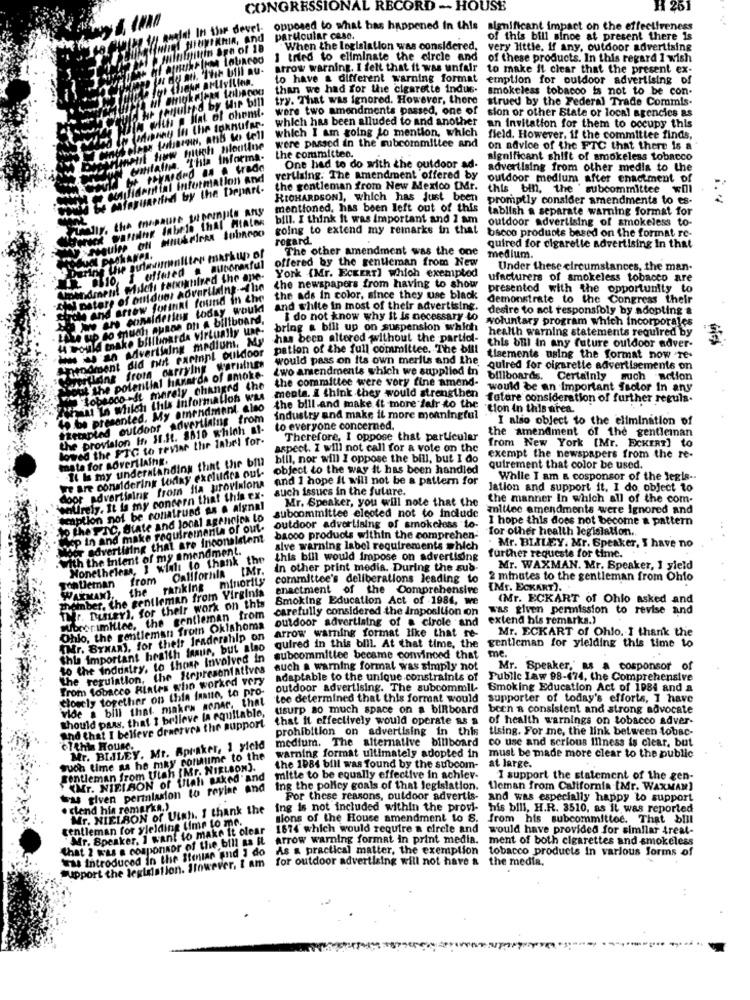
CONGRESSIONAL RECORD - HOUSE
H 261
In the devel
opposed to what has happened in this significant impact on the effectiveness
IKRIA, And
particular case.
of this bill since at present there is
n age of 18
When the legislation was considered, very little. if any, outdoor advertising
I tried to eliminate the circle and of these products. In this regard I wish
arrow warning. I felt that it was unfair to make it clear that the present ex-
to have a different warning format
emption for outdoor advertising of
than we had for the cigarette indus.
smokeless tobacco is not to be con-
lied by Mir bill
try. That was ignored. However, there strued by the Federal Trade Commis-
were two amendments passed, one of
sion or other State or local agencies Bs
way in the tonnufar.
which has been alluded to and another an Invitation for them to occupy this
which I am going to mention, which
were passed in the subcommittee and
field. However, if the committee finds,
h pilootine
on advice of the FTC that there is a
nforma.
the committee.
significant shift of smokeless tobacco
trade
One had to do with the outdoor ad-
advertising from other media to the
ial Information and
vertising. The amendment offered by
outdoor medium after enactment of
y the Depart-
the gentleman from New Mexico [Mr.
this bin, the ' subcommittee will
RICHARDSON], which has just been
promptly consider amendments to es-
ANS
mentioned, has been left out of this
tablish a separate warning format for
bill. I think It was important and 2 am outdoor advertising of smokeless to-
going to extend my remarks in that
bacco products based on the format re-
rogard.
Perine Wie sulawrenilter markup of
The other amendment was the one
quired for cigarette advertising in that
offered by the gentleman from New
medium.
Under these circumstances, the man.
Amendment Milch tobogtilved the ane-
York (Mr. ECKERT] Which exempted
ufacturers of smokeless tobacco are
e of ouduor advertising -- The
the newspapers from having to show
presented with the opportunity to
Schon and arrow forint found in the
found in the
the ads in color, since they use black
demonstrate to the Congress their
Sowie ciderius today would
today would
and white in most of their advertising.
desire to act responsibly by adopting &
Lake up to much auane of & biltboard,
I do not know why It is necessary to
voluntary program which incorporales
" would make billboarda virtually une.
bring & bill up on suspension which
health warning statements required by
ww an Advertising medium, My
wing medium, My
has been altered without the partiol-
Ament did rust earingl cuildoor
pation of the full committee. The bill
this bill In any future outdoor adver-
would pass on its own merils and the
tisements using the format now re-
Want from carrying warnings
¿wo amendments which we supplied in
quired for cigarette advertisements on
varde of smoke-
the committee were very fine amend-
billboards. Certainly such action
the potentia
ely chan
ed the
would be an Important factor In any
WeAt I milch this Information was
menta. I think they would strengthen
futare consideration of further regula.
to be presented. My amendment also
the bill and make it more fair to the
tion in this area
Recapled outdoor advertlaing from
industry and make it more morningful
I also object to the elimination of
the provision in I.it. 3510 which at-
to everyone concerned.
the amendment of the gentleman
owed the FTC to revise the label for-
Therefore, I oppose that particular
aspect. I will not call for a vote on the
from New York [Mr. ECKERT] to
mata for novertlaing.
Il Is my understanding that the bm
bill, nor will I oppose the bill, but I do
exempt the newspapers from the re-
we are considering today excludes oul-
object to the way it has been handled
quirement that color be used.
Coor advertising from fia provisions and I hope it will not be a pattern for
While I am & cosponsor of the Jegis -.
auch issues in the future.
lation and support it, I do object to
wolfrely. It is my concern that this ex-
Mr. Speaker, you will note that the the manner In which all of the com-
mption not be construed as a algnal
millee amendments were Ignored and
to the PIC, State and local agencies to
subcommittee elected not to include
I hope this does not become a pattern
ep in and make requirementa of out.
outdoor advertising of smokeless to-
for other health legislation ..
por advertiting that are inconsistent
bacco products within the comprehen-
with the inient of my amendment.
alve warning label requirements which
Mr. BLILEY. Mr. Speaker, I have no
Nonetheless, I wiali to thank the
this bill would impose on advertising
further requeste for time ..
SonDeman from California IMT.
in other print media. During the sub-
Mr. WAXMAN. Mr. Speaker, 1 yield
the ranking minority
committee's deliberations leading to
2 minutes to the gentleman from Ohio
comber. the gentleman from Virginia
enactment of the Comprehensive
(Mr. ECKART).
WARMANI,
Smoking Education Act of -1984, we
(Mr. ECKART of Ohio asked and
TMr. Duser), for their work on this
carefully considered the Imposition con
was given permission to revise and
Cubrerimittee, the gentleman from
outdoor advertising of @ cirole and
extend bis remarks.)
Ohio, the gentleman from Oklahoma
Mr. ECKART of Ohlo. I thank the
"Mr. BYMARY, for their fraderahlp on
arrow warning format like that re-
quired in this bill. At that time, the gentleman for yielding this time to
this Important health fraur, but also
10 the industry, to those Involved in
subcommittee became convinced that me.
The regulation, the Representatives
such a warning formal was simply not
Mr. Speaker,' as a cosponsor of
Trom tobacco Fiates who worked very
adaptable to the unique constraints of Public Law 98-474, the Comprehensive
closely together on this fraise, to pro-
outdoor advertising. The subcommil- Smoking Education Act of 1984 and a
vide a bill that makes sonar, that
tee determined that this format would supporter of today's efforts, I have
Should pass, that I believe la equitable,
usurp so much space on a biRboard
been a consistent and strong advocate
that it effectively would operate as &
of health warnings on tobacco adver-
And that I believe drnerves the support
prohibition on advertising in this tising. For me, the link between tobac-
medium. The alternative billboard
co use and serious illness is clear, but
+7 thin House.
Mr. BIJLEY. Mr. Apraker, 1 yield
buon time as he may consume to the
warning format ultimately adopted in
must be made more clear to the public
gentleman from Ulah IMr. NIELSON).
the 1984 bill was found by the subcom-
at large.
<Mr. NIEIRON of filet Baked and
mitte to be equally effective in achiev-
I support the statement of the gen-
was given permission to revise and
ing the policy goals of that legislation.
1leman from California [Mr. WAXMAN]
Por these reasons, outdoor advertis- and was especially happy to support
clend hin remarkn.)
Mr. NIELSON of Uish. I thank the
ing is not included within the provi- his bill, H.R. 3510, as it was reported
gentleman for yielding Lime to me.
sions of the House amendment to S.
from his subcommittee. That bill
Mr. Speaker, I want to make it clear
1674 which would require a circle and would have provided for similar treat-
Chat 2 was & cosponsor of the bill as It
arrow warning format in print media.
ment of both cigarettes and smokeless
was introduced in the Stolar and i do
As a practical matter, the exemption tobacco products In various forms of
ever. I am
for outdoor advertising will not have & the media.
Support the legislation. 11